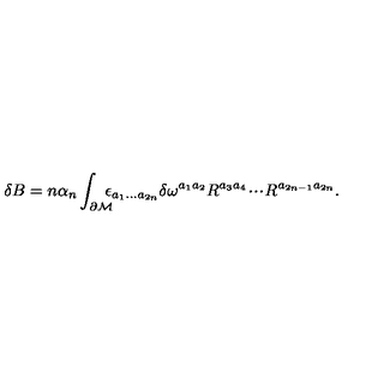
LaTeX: \delta B = n \alpha _ { n } \int _ { \partial { \cal M } } \! \! \! \! \epsilon _ { a _ { 1 } . . . a _ { 2 n } } \delta \omega ^ { a _ { 1 } a _ { 2 } } R ^ { a _ { 3 } a _ { 4 } } \! \cdot \! \cdot \! \cdot \! R ^ { a _ { 2 n - 1 } a _ { 2 n } } .